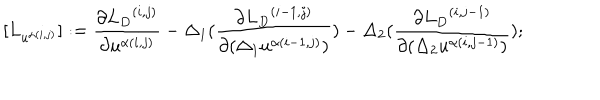
[ { L } _ { u ^ { \alpha ( i , j ) } } ] : = \frac { \partial { { L } _ { D } } ^ { ( i , j ) } } { \partial u ^ { \alpha ( i , j ) } } - \Delta _ { 1 } ( \frac { \partial { { L } _ { D } } ^ { ( i - 1 , j ) } } { \partial ( \Delta _ { 1 } u ^ { \alpha ( i - 1 , j ) } ) } ) - \Delta _ { 2 } ( \frac { \partial { { L } _ { D } } ^ { ( i , j - 1 ) } } { \partial ( \Delta _ { 2 } u ^ { \alpha ( i , j - 1 ) } ) } ) ;